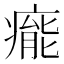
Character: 𤹍